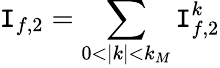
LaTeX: \mathtt{I}_{f,2}=\sum_{0<|k|<k_{M}}\mathtt{I}_{f,2}^{k}